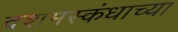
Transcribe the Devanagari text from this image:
दशमस्कंधाच्या